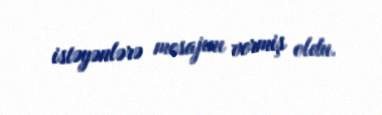
istəyənlərə mesajını vermiş oldu.